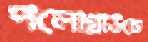
পলোগ্রাউন্ডে